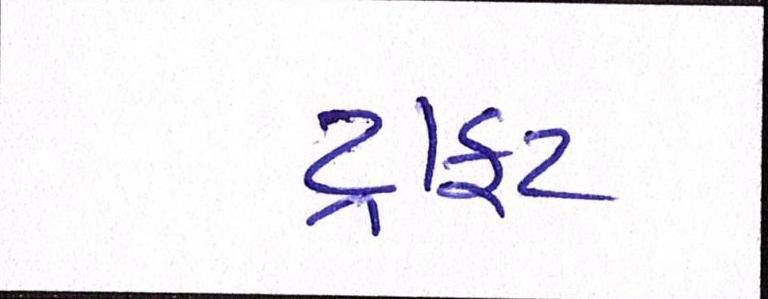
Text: ડ્રાફટ